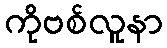
ကိုဗစ်လူနာ